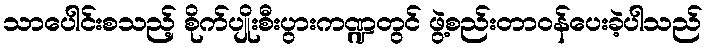
သာပေါင်းစသည့် စိုက်ပျိုးစီးပွားကဏ္ဍတွင် ဖွဲ့စည်းတာဝန်ပေးခဲ့ပါသည်